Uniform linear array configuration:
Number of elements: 32
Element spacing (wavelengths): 0.5
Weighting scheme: blackman
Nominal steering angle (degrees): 30
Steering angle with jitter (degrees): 31.939
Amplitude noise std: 0.05
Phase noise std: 0.05

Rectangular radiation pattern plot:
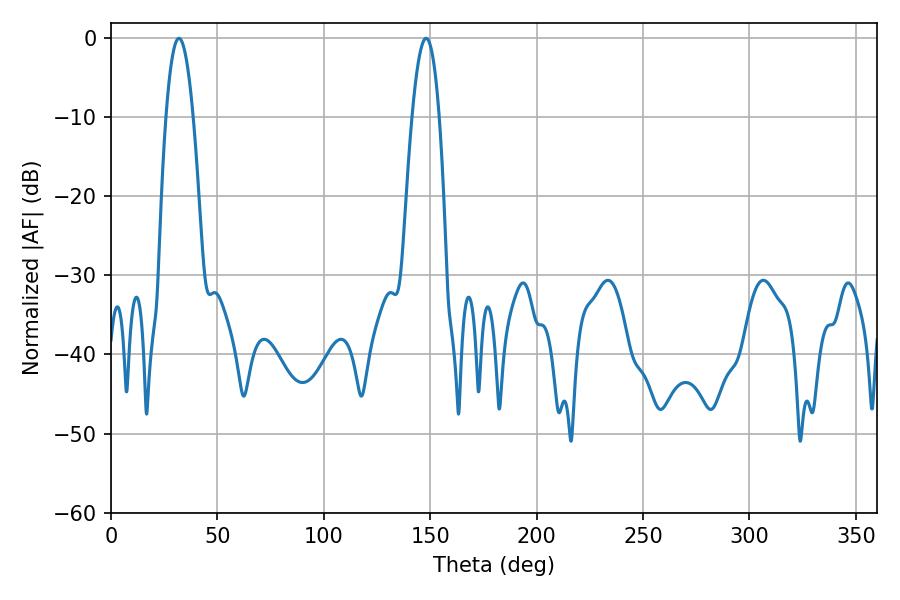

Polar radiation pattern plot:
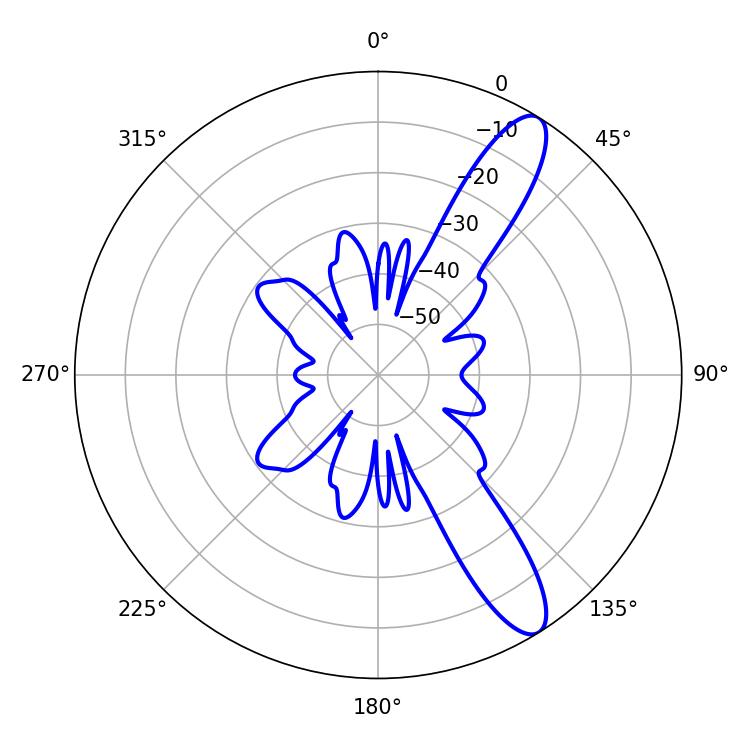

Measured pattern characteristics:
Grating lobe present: FALSE
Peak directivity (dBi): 11.544
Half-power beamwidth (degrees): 7.02
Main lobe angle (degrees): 31.86